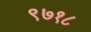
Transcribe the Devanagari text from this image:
९७१८